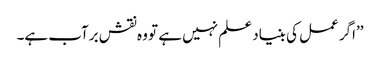
’’اگر عمل کی بنیاد علم نہیں ہے تو وہ نقش برآب ہے۔